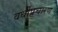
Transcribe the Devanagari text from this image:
वर्धीप्रचारण